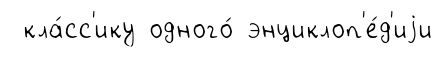
кла́сс'ику одного́ энциклоп'е́д'иjи